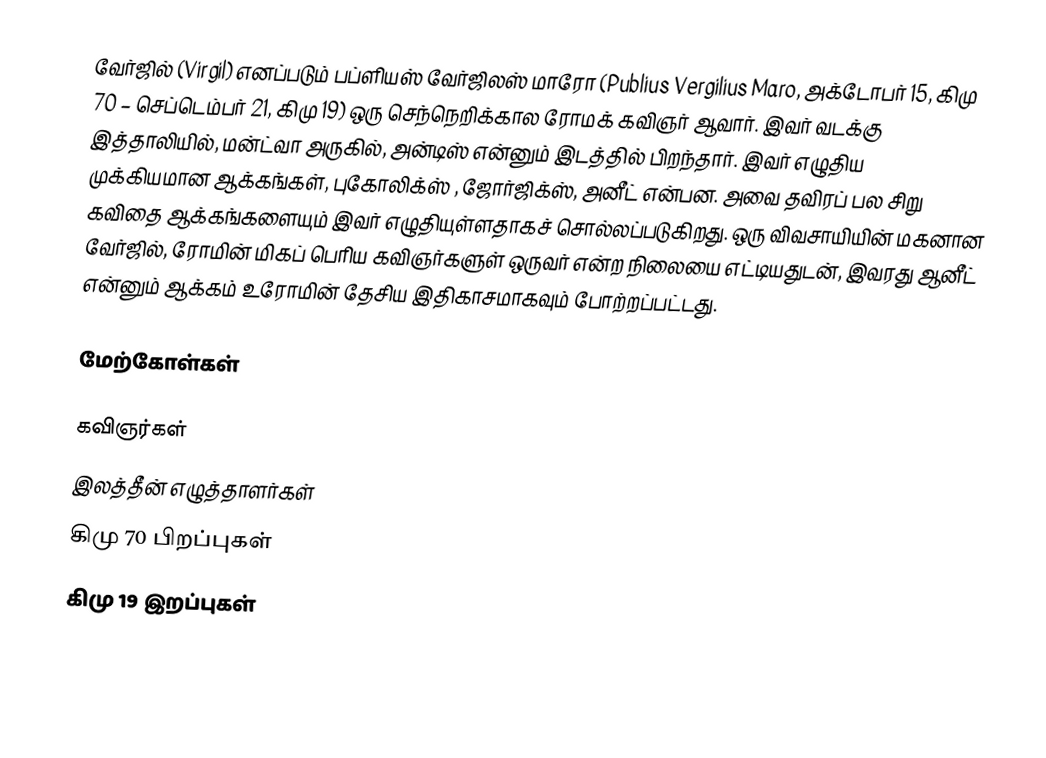
வேர்ஜில் (Virgil) எனப்படும் பப்ளியஸ் வேர்ஜிலஸ் மாரோ (Publius Vergilius Maro, அக்டோபர் 15, கிமு 70 – செப்டெம்பர் 21, கிமு 19) ஒரு செந்நெறிக்கால ரோமக் கவிஞர் ஆவார்.  இவர் வடக்கு இத்தாலியில், மன்ட்வா அருகில்,  அன்டிஸ்  என்னும் இடத்தில் பிறந்தார்.  இவர் எழுதிய முக்கியமான ஆக்கங்கள், புகோலிக்ஸ் , ஜோர்ஜிக்ஸ், அனீட்  என்பன. அவை தவிரப் பல சிறு கவிதை ஆக்கங்களையும் இவர் எழுதியுள்ளதாகச் சொல்லப்படுகிறது. ஒரு விவசாயியின் மகனான வேர்ஜில், ரோமின் மிகப் பெரிய கவிஞர்களுள் ஒருவர் என்ற நிலையை எட்டியதுடன், இவரது ஆனீட் என்னும் ஆக்கம் உரோமின் தேசிய இதிகாசமாகவும் போற்றப்பட்டது.

மேற்கோள்கள்

கவிஞர்கள்
இலத்தீன் எழுத்தாளர்கள்
கிமு 70 பிறப்புகள்
கிமு 19 இறப்புகள்